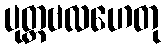
ပုတ္တဗလဟေတု